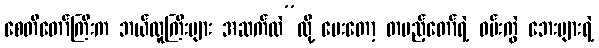
စေတီတော်ကြီးက ဘယ်လူကြီးများ အဆက်လဲ”လို့ မေးတော့ တပည့်တော်ရဲ့ ဝမ်းကွဲ ဘေးများရဲ့